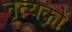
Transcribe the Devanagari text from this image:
नृत्यकों